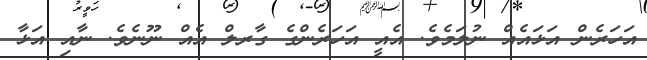
އަހަރެން އަޅައެއް ނުލަމެވެ. އެއީ އަހަރެންގެ ގާރލް އެއް ނޫނެވެ. ނާއި އަޅާ